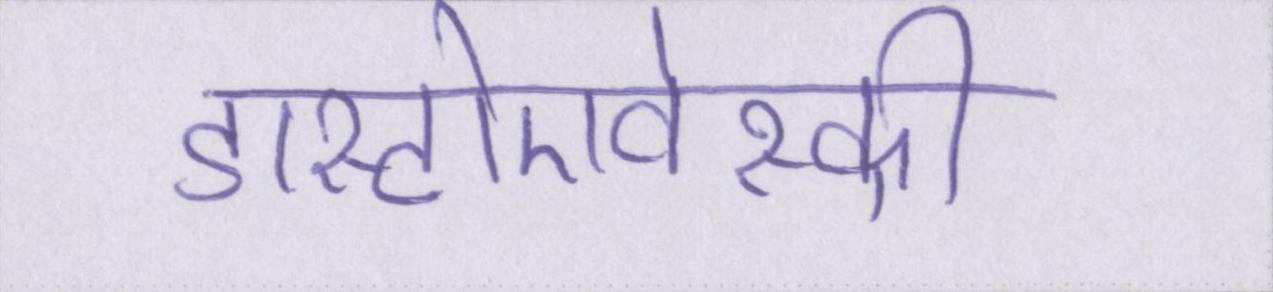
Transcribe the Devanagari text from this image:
डास्टोएवेस्की